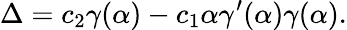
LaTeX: \Delta=c_{2}\gamma(\alpha)-c_{1}\alpha\gamma^{\prime}(\alpha)\gamma(\alpha).